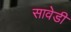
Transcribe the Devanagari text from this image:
सावेडी